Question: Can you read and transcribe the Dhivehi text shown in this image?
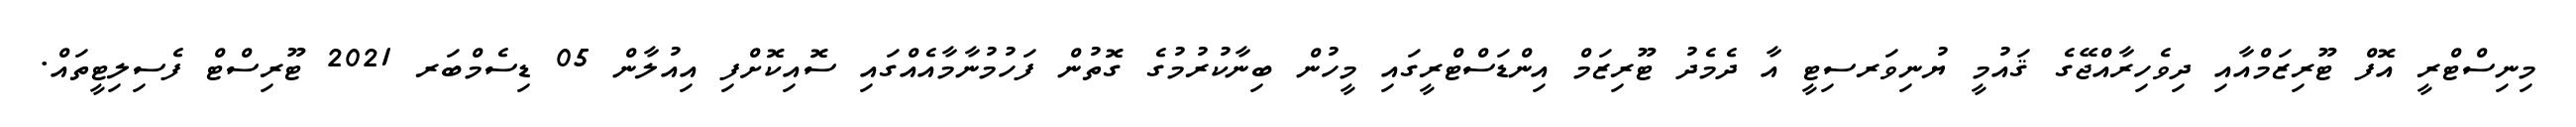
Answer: މިނިސްޓްރީ އޮފް ޓޫރިޒަމްއާއި ދިވެހިރާއްޖޭގެ ޤައުމީ ޔުނިވަރސިޓީ އާ ދެމެދު ޓޫރިޒަމް އިންޑަސްޓްރީގައި މީހުން ބިނާކުރުމުގެ ގޮތުން ފަހުމުނާމާއެއްގައި ސޮއިކޮށްފި އިއުލާން 05 ޑިސެމްބަރ 2021 ޓޫރިސްޓް ފެސިލިޓީތައް.